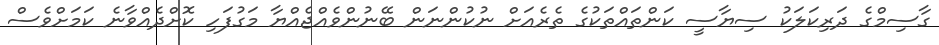
ގާސިމްގެ ދަރިކަލަކު ސިޔާސީ ކަންތައްތަކުގެ ތެރެއަށް ނުކުންނަން ބޭނުންވެއްޖެއްޔާ މަގުފަހި ކޮށްދެއްވާނެ ކަމަށްވެސް